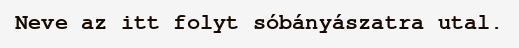
Neve az itt folyt sóbányászatra utal.